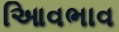
આિવભાવ